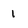
Character: 1